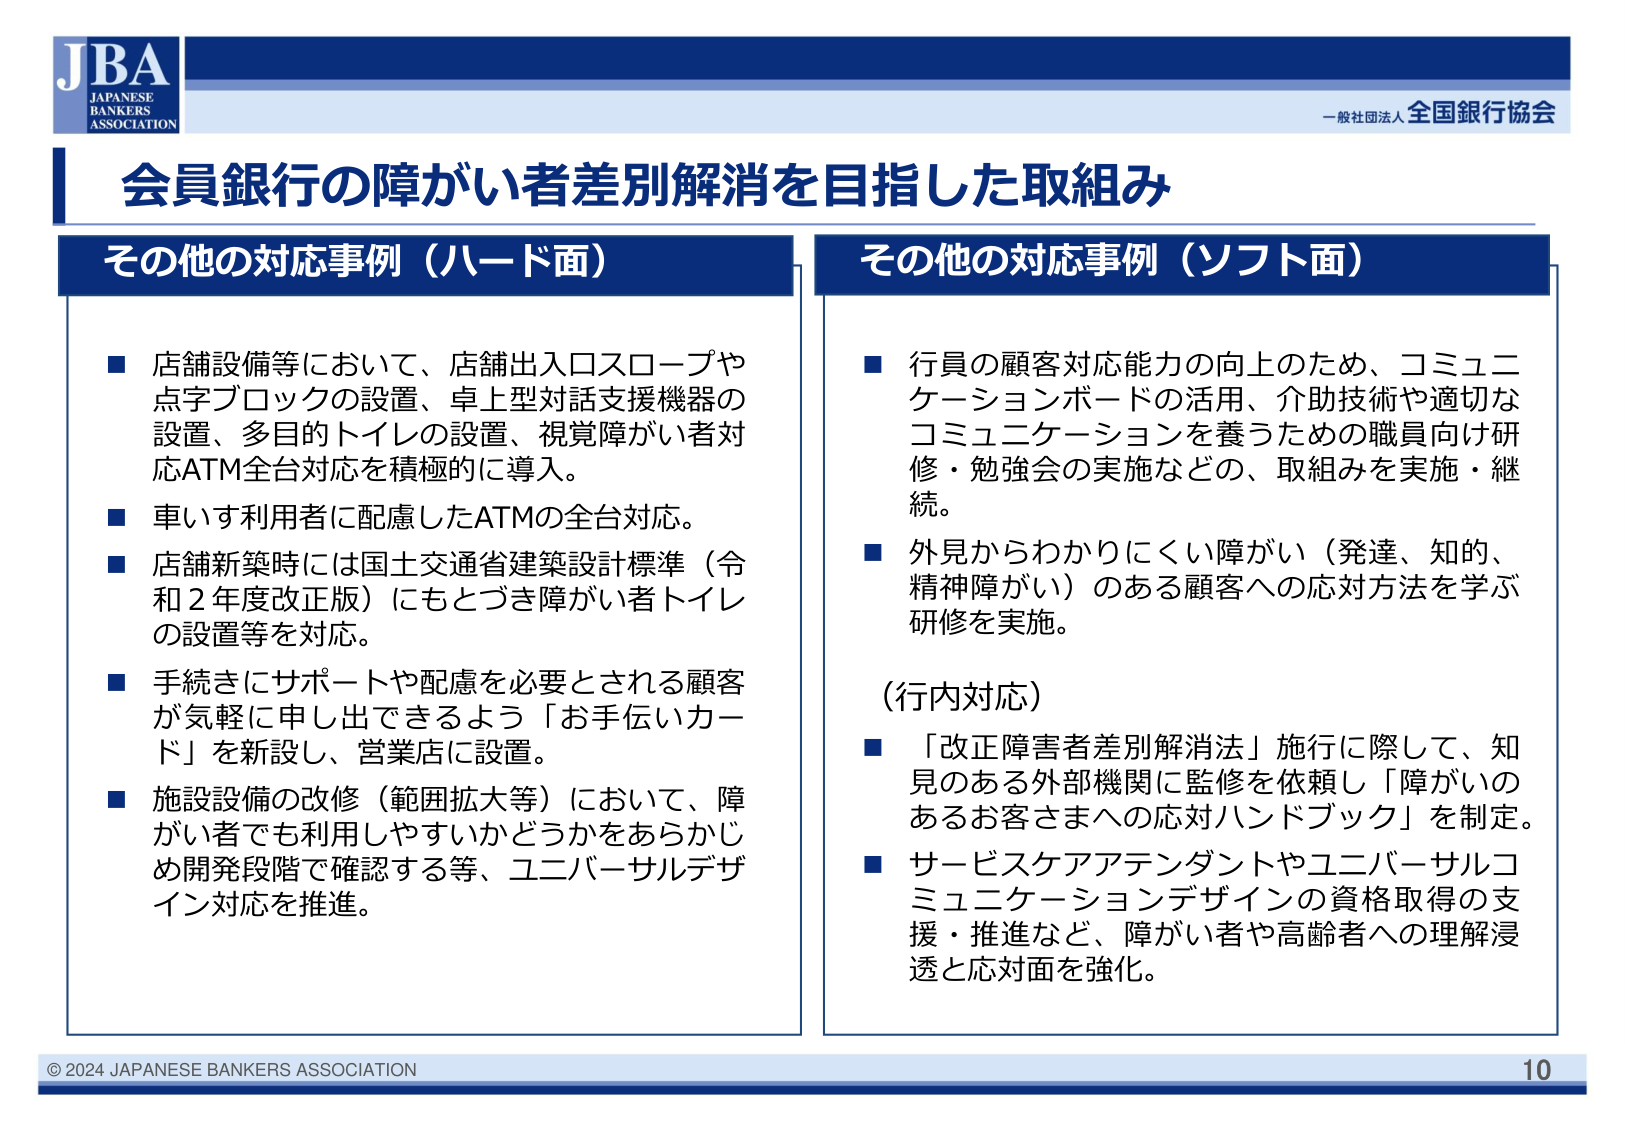
JBA
JAPANESE
BANKERS
ASSOCIATION

一般社団法人 全国銀行協会

会員銀行の障がい者差別解消を目指した取組み

その他の対応事例（ハード面）
■ 店舗設備等において、店舗出入口スロープや点字ブロックの設置、卓上型対話支援機器の設置、多目的トイレの設置、視覚障がい者対応ATM全台対応を積極的に導入。
■ 車いす利用者に配慮したATMの全台対応。
■ 店舗新築時には国土交通省建築設計標準（令和2年度改正版）にもとづき障がい者トイレの設置等を対応。
■ 手続きにサポートや配慮を必要とされる顧客が気軽に申し出できるよう「お手伝いカード」を新設し、営業店に設置。
■ 施設設備の改修（範囲拡大等）において、障がい者でも利用しやすいかどうかをあらかじめ開発段階で確認する等、ユニバーサルデザイン対応を推進。

その他の対応事例（ソフト面）
■ 行員の顧客対応能力の向上のため、コミュニケーションボードの活用、介助技術や適切なコミュニケーションを養うための職員向け研修・勉強会の実施などの、取組みを実施・継続。
■ 外見からわかりにくい障がい（発達、知的、精神障がい）のある顧客への対応方法を学ぶ研修を実施。

（行内対応）
■ 「改正障害者差別解消法」施行に際して、知見のある外部機関に監修を依頼し「障がいのあるお客さまへの応対ハンドブック」を制定。
■ サービスケアアテンダントやユニバーサルコミュニケーションデザインの資格取得の支援・推進など、障がい者や高齢者への理解浸透と応対面を強化。

© 2024 JAPANESE BANKERS ASSOCIATION
10